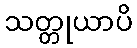
သတ္တုယာပိ